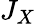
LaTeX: J_{X}